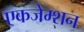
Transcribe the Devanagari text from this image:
एकजेम्शन